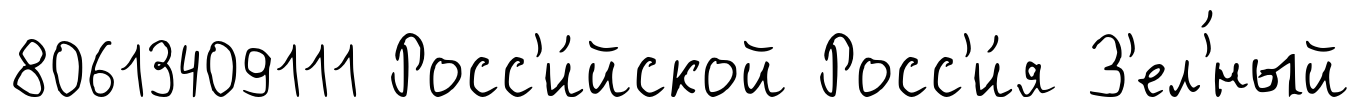
80613409111 Росс'и́йской Росс'и́я З'ел'́ный